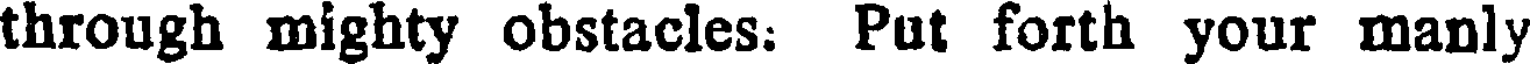
through mighty obstacles: Put forth your manly